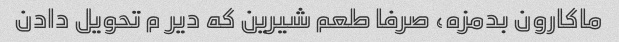
ماکارون بدمزه، صرفا طعم شیرین که دیر م تحویل دادن